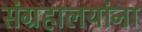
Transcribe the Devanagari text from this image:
संग्रहालयांना